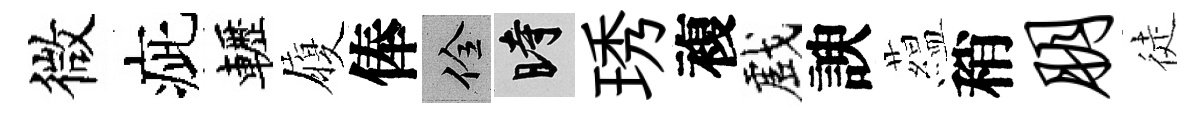
微疵轣履俸佺时琇複戲諛藴稍朋徒